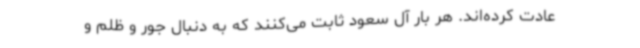
عادت کرده‌اند. هر بار آل سعود ثابت می‌کنند که به دنبال جور و ظلم و